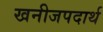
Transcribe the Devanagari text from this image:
खनीजपदार्थ